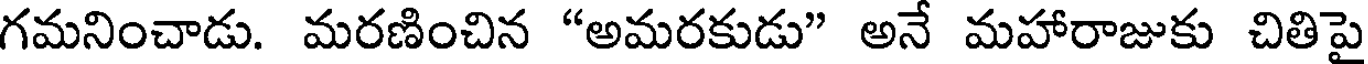
గమనించాడు. మరణించిన "అమరకుడు" అనే మహారాజుకు చితిపై